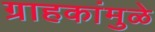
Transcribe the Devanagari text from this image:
ग्राहकांमुळे